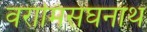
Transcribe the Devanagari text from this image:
वरामिसंघनाथ